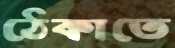
ঠেকাতে